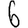
Digit: 6